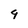
Character: 9